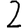
Digit: 2